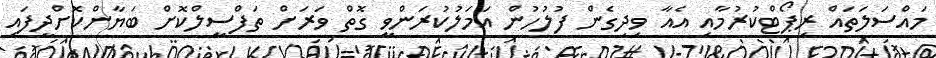
މައްސަލަތައް ރިޕޯޓްކުރުމާއި އެއާ ވިދިގެން ފުލުހުން އަމަލުކުރަންވީ ގޮތް ވަރަށް ތަފްސީލްކޮށް ބަޔާންކޮށްދީފައި